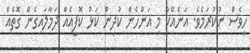
ހީވެސް ނުކުރަމެވެ. އަނެއްކާ މި އަންހެން ކުދިން ކަޅު ކޮފީއެއް ދަމާލައިގެން ގޮތެއް